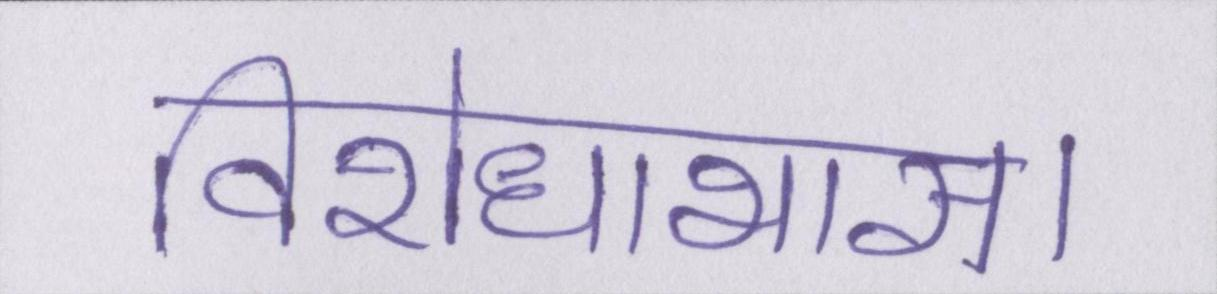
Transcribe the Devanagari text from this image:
विरोधाभास।